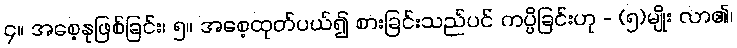
၄။ အစေ့နုဖြစ်ခြင်း၊ ၅။ အစေ့ထုတ်ပယ်၍ စားခြင်းသည်ပင် ကပ္ပိခြင်းဟု - (၅)မျိုး လာ၏၊